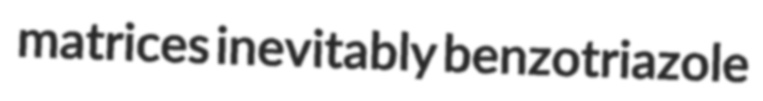
matrices inevitably benzotriazole